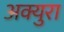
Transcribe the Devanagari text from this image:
अक्युरा